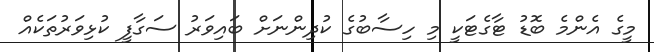
މީގެ އެންމެ ބޮޑު ޓާގެޓަކީ މި ހިސާބުގެ ކުދިންނަށް ބައިވަރު ސަގާފީ ކުޅިވަރުތަކެއް